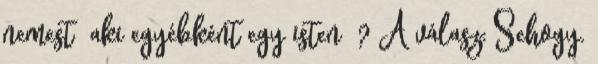
nemest aki egyébként egy isten ? A válasz: Sehogy.